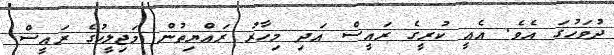
ދުވަހުގަ އެވެ. އެއީ ކުރީގެ ރައީސް އަދި މިހާރު ރައްޔިތުން މަޖިލީހުގެ ރައީސް